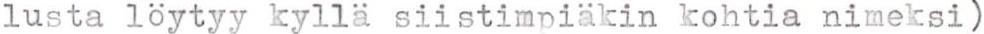
lusta löytyy kyllä siistimpiäkin kohtia nimeksi